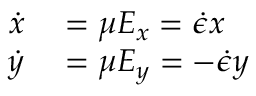
\begin{array} { r l } { \dot { x } } & { { } = \mu E _ { x } = \dot { \epsilon } x } \\ { \dot { y } } & { { } = \mu E _ { y } = - \dot { \epsilon } y } \end{array}